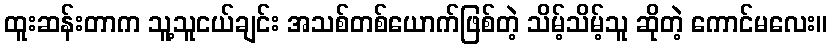
ထူးဆန်းတာက သူ့သူငယ်ချင်း အသစ်တစ်ယောက်ဖြစ်တဲ့ သိမ့်သိမ့်သူ ဆိုတဲ့ ကောင်မလေး။